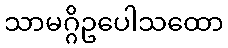
သာမဂ္ဂိဥပေါသထော